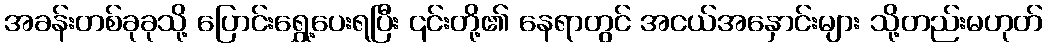
အခန်းတစ်ခုခုသို့ ပြောင်းရွှေ့ပေးရပြီး ၎င်းတို့၏ နေရာတွင် အငယ်အနှောင်းများ သို့တည်းမဟုတ်